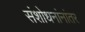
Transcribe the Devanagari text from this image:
संशोधनांनांतर